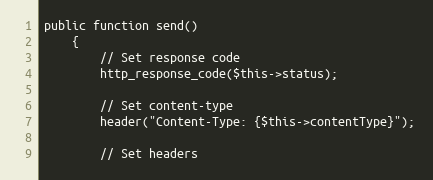
Language: PHP
public function send()
    {
        // Set response code
        http_response_code($this->status);

        // Set content-type
        header("Content-Type: {$this->contentType}");

        // Set headers